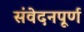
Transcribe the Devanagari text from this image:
संवेदनपूर्ण